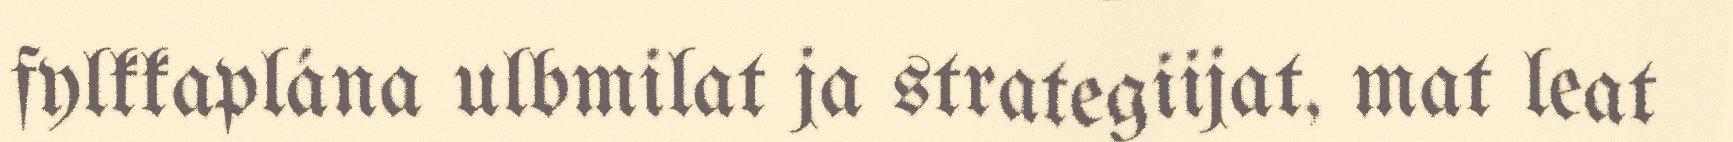
fylkkaplána ulbmilat ja strategiijat, mat leat